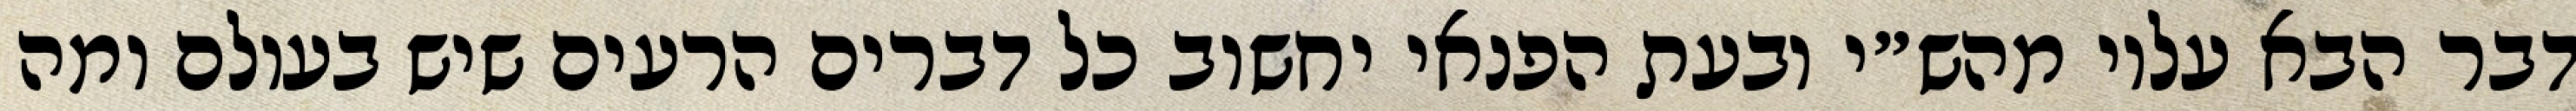
דבר הבא עליו מהש״י ובעת הפנאי יחשוב כל דברים הרעים שיש בעולם ומה